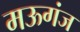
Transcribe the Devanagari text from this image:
मऊगंज